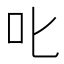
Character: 𫜸